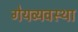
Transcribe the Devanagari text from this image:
गेयव्यवस्था